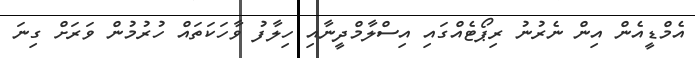
އެމްޑީއެން އިން ނެރުނު ރިޕޯޓެއްގައި އިސްލާމްދީނާއި ހިލާފު ވާހަކަތައް ހުރުމުން ވަރަށް ގިނަ